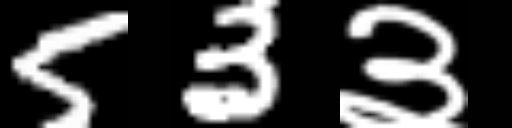
Text: 53३